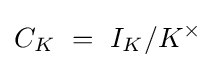
C_{K}\ =\ I_{K}/K^{\times }